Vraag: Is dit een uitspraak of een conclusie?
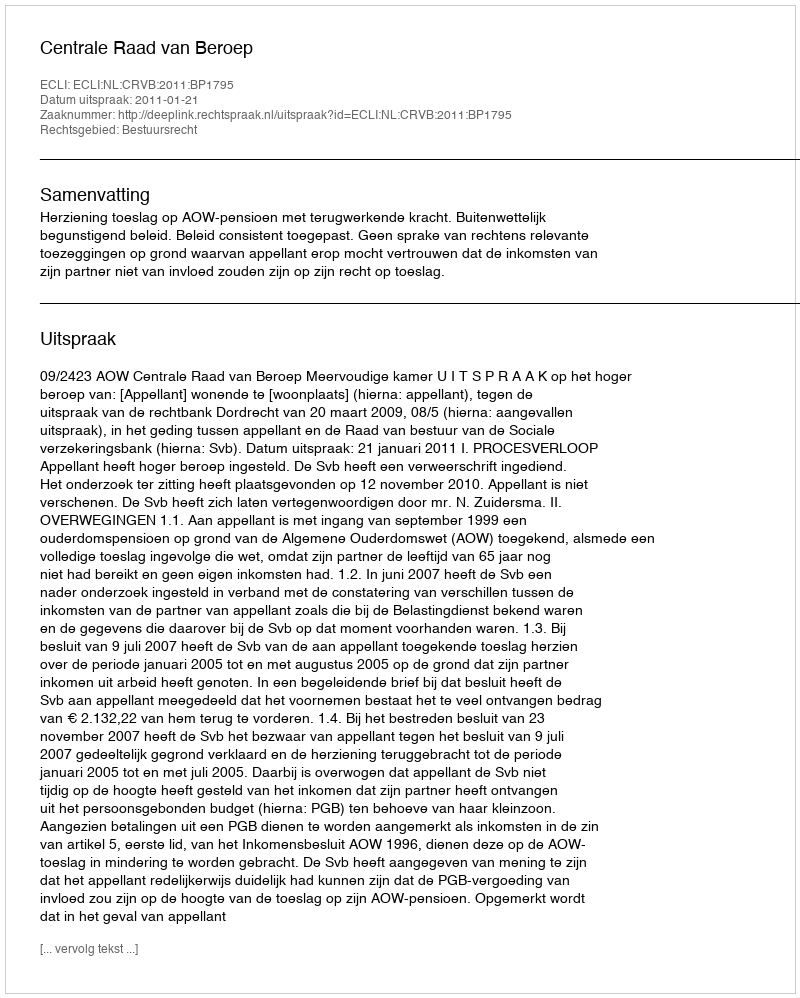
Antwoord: Uitspraak